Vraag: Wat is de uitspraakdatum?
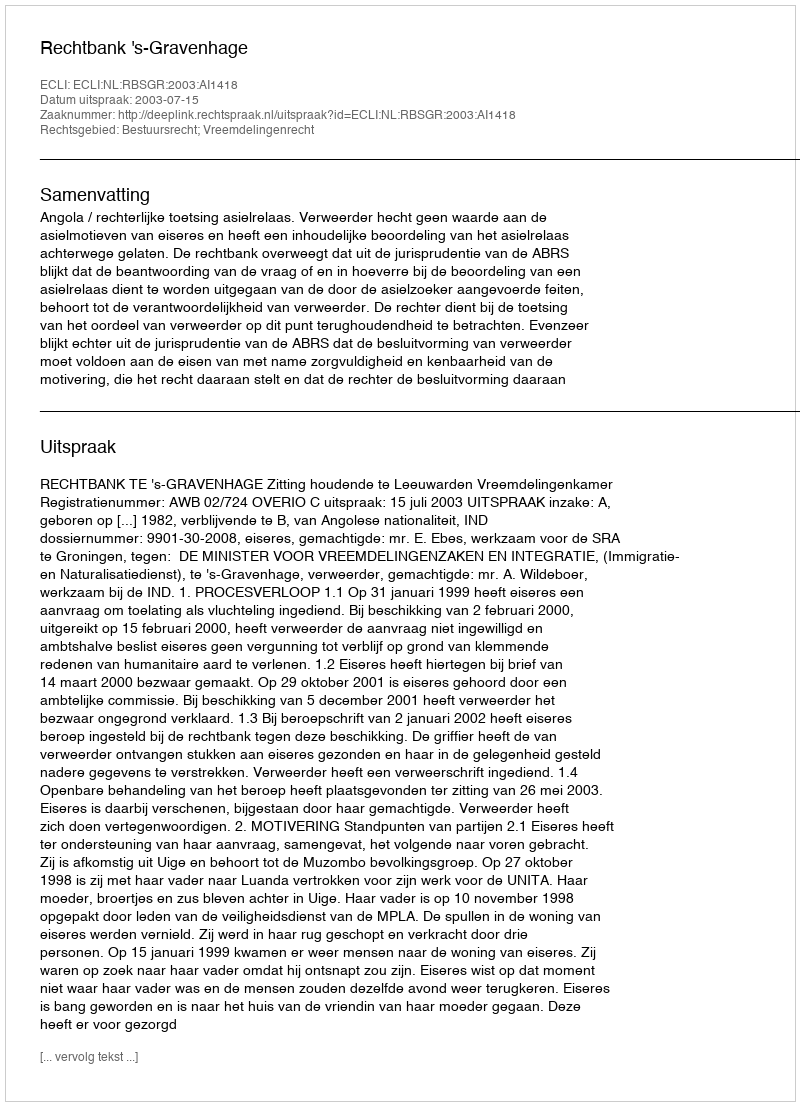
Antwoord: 2003-07-15